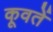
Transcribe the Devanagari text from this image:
कूवतें